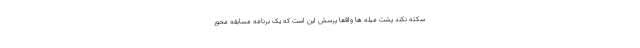
سکته نکند پشت میله ها واقعا پرسش این است که یک برنامه مسابقه محور